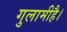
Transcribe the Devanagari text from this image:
गुलामीहै।